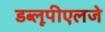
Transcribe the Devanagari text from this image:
डब्लूपीएलजे